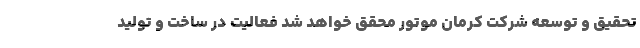
تحقیق و توسعه شرکت کرمان موتور محقق خواهد شد فعالیت در ساخت و تولید